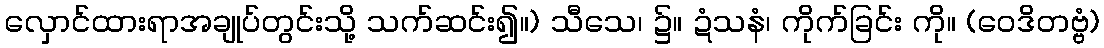
လှောင်ထားရာအချုပ်တွင်းသို့ သက်ဆင်း၍။) သီသေ၊ ၌။ ဍံသနံ၊ ကိုက်ခြင်း ကို။ (ဝေဒိတဗ္ဗံ)